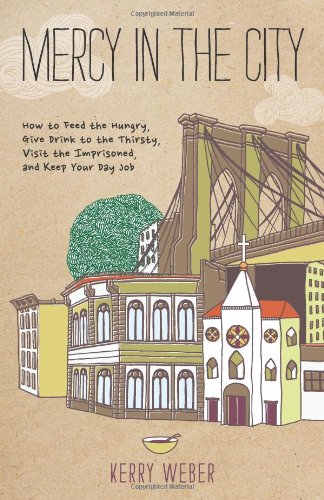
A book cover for Mercy in the City: How to Feed the Hungry, Give Drink to the Thirsty, Visit the Imprisoned, and Keep Your Day Job; Kerry Weber; Christian Books & Bibles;